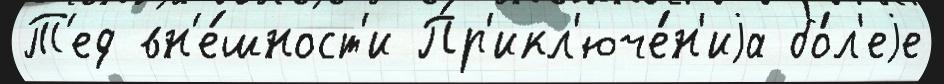
Т'ед вн'е́шност'и Пр'икл'юче́н'иjа бо́л'еjе